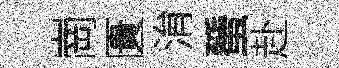
崗匱㳙蜑赴